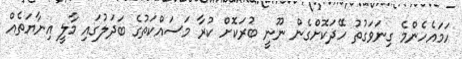
ހަމައެހެންމެ ގިނަވަގުތު ހޭދަކޮށްގެން ނޫނީ ބުރަކޮށް ކުރާ މަސައްކަތުގެ ބަދަލުގައި މާލީ އިނާޔަތެއް